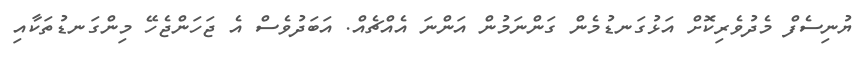
ޔުނިސެފް މެދުވެރިކޮށް އަޅުގަނޑުމެން ގަންނަމުން އަންނަ އެއްޗެއް. އަބަދުވެސް އެ ޖަހަންޖެހޭ މިންގަނޑުތަކާއި